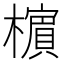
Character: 㯽